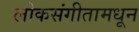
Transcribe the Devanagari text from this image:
लोकसंगीतामधून